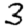
Digit: 3